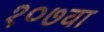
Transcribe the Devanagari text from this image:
१०७वा